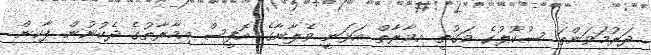
ދަރުމަވަންތަ ސުކޫލުގެ ވަގުތީ އިމާރާތް އަޅަނީ ވެލާނާގެ އޮފީސް އިމާރާތުގެ ދެކުނުން ޕާކިން